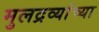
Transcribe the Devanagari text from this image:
मुलद्रव्यांच्या